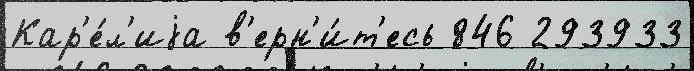
Кар'е́л'иjа в'ерн'и́т'есь 846 293933